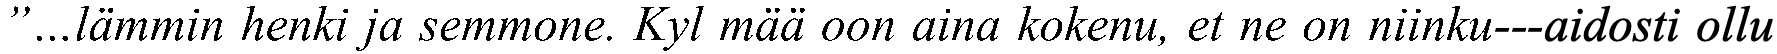
”…lämmin henki ja semmone. Kyl mää oon aina kokenu, et ne on niinku---aidosti ollu